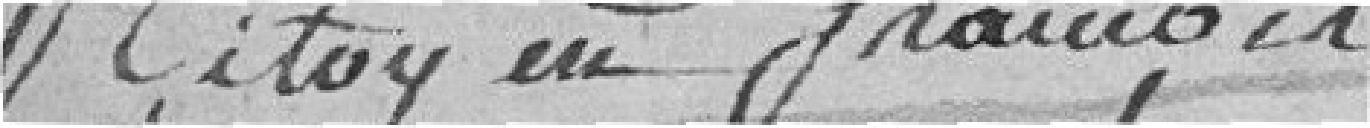
Citoyen françois Genty